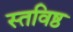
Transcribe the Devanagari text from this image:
स्तविष्ठ